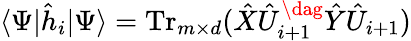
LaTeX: \langle\Psi|\hat{h}_{i}|\Psi\rangle=\operatorname{Tr}_{m\times d}(\hat{X}\hat{U}_{i+1}^{\dag}\hat{Y}\hat{U}_{i+1})